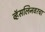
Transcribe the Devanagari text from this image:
व्हॅसलिनवरचा